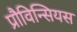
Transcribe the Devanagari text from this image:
प्रौविन्सियस